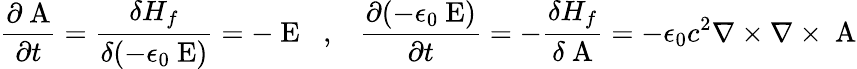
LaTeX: \frac{\partial\mathrm{\mathbf~A}}{\partial t}=\frac{\delta H_{f}}{\delta(-\epsilon_{0}\mathrm{\mathbf~E})}=-\mathrm{\mathbf~E}\; \; \; ,\; \; \; \frac{\partial(-\epsilon_{0}\mathrm{\mathbf~E})}{\partial t}=-\frac{\delta H_{f}}{\delta\mathrm{\mathbf~A}}=-\epsilon_{0}c^{2}\nabla\times\nabla\times\mathrm{\mathbf~A}